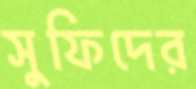
সুফিদের